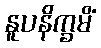
နူပနိက္ခမိံ